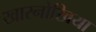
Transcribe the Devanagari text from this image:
खारनोखिया